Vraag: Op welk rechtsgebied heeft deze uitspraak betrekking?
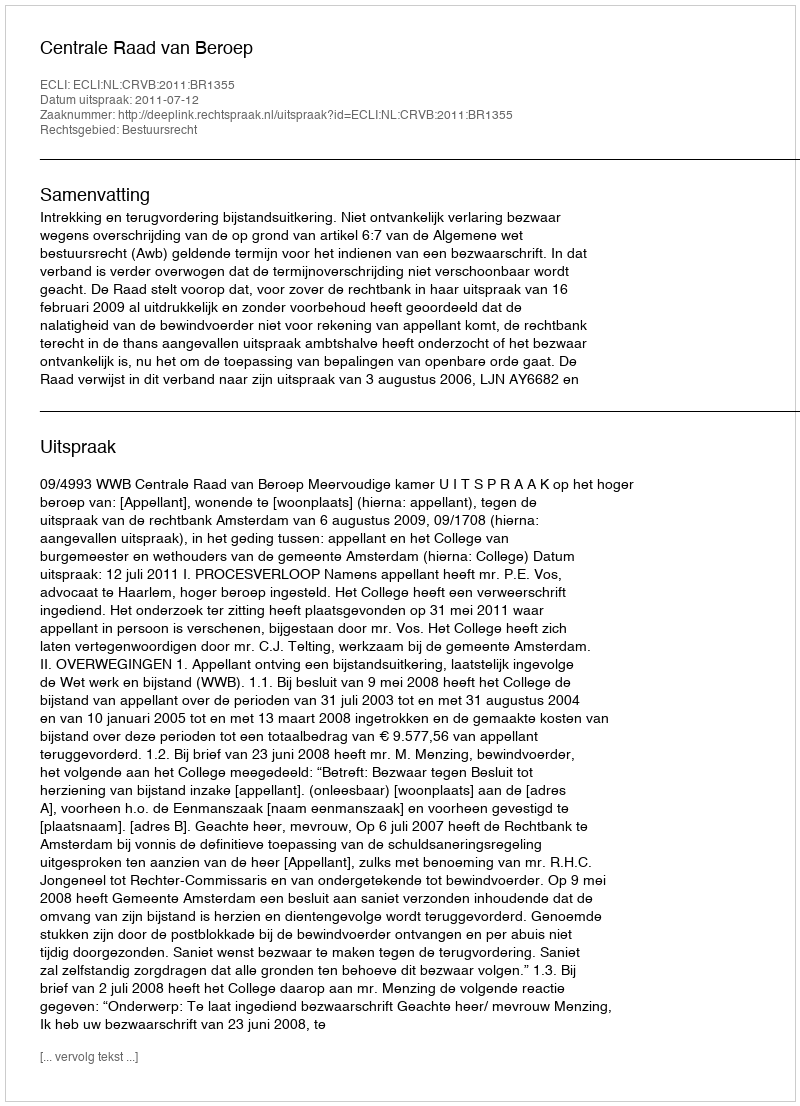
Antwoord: Bestuursrecht